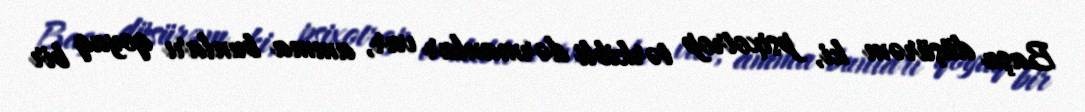
Başa düşürəm ki, psixotrop tərkibli dərmanlar var, amma bunları qoyaq bir